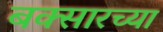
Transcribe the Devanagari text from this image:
बक्सारच्या